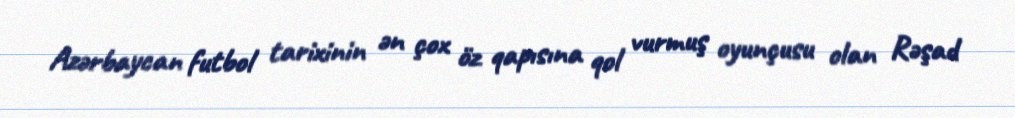
Azərbaycan futbol tarixinin ən çox öz qapısına qol vurmuş oyunçusu olan Rəşad